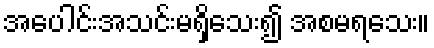
အပေါင်းအသင်းမရှိသေး၍ အစမရသေး။